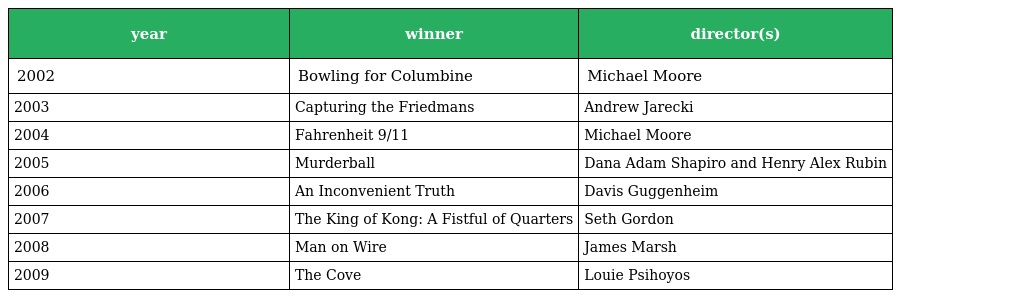
| year | winner | director(s) |
 | --- | --- | --- |
 | 2002 | Bowling for Columbine | Michael Moore |
 | 2003 | Capturing the Friedmans | Andrew Jarecki |
 | 2004 | Fahrenheit 9/11 | Michael Moore |
 | 2005 | Murderball | Dana Adam Shapiro and Henry Alex Rubin |
 | 2006 | An Inconvenient Truth | Davis Guggenheim |
 | 2007 | The King of Kong: A Fistful of Quarters | Seth Gordon |
 | 2008 | Man on Wire | James Marsh |
 | 2009 | The Cove | Louie Psihoyos |